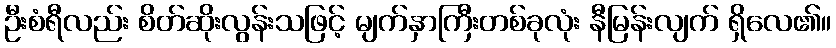
ဦးစံရီလည်း စိတ်ဆိုးလွန်းသဖြင့် မျက်နှာကြီးတစ်ခုလုံး နီမြန်းလျက် ရှိလေ၏။